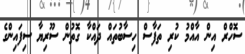
ސޮހްރް އިން އާއްމު ކުރި ތަފާސް ހިސާބުތައް ދައްކާ ގޮތުން ސޫރިޔާ ސިފައިންގެ